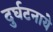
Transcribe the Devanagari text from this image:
दुर्घटनाये